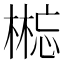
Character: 𰘘